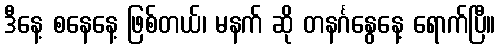
ဒီနေ့ စနေနေ့ ဖြစ်တယ်၊ မနက် ဆို တနင်္ဂနွေနေ့ ရောက်ပြီ။